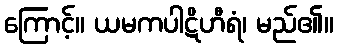
ကြောင့်။ ယမကပါဋိဟီရံ၊ မည်၏။